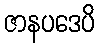
ဇာနပဒေပိ